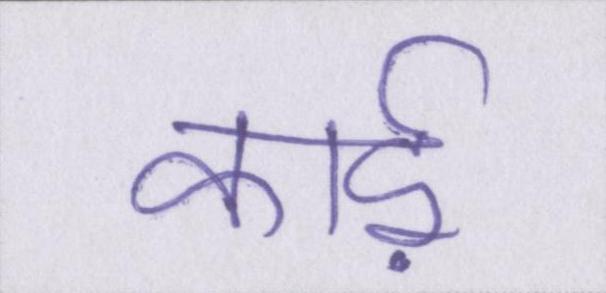
कार्ड़